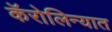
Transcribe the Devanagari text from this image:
कॅरोलिन्यात